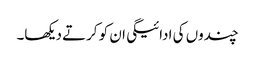
چندوں کی ادائیگی ان کو کرتے دیکھا۔